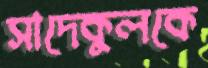
সাদেকুলকে